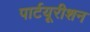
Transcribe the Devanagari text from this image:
पार्टयूरीशन